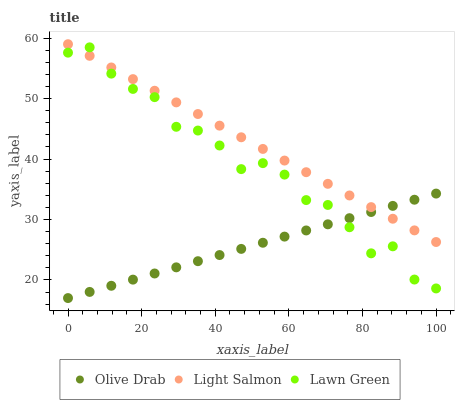
| xaxis_label | Olive Drab | Light Salmon | Lawn Green |
 | --- | --- | --- | --- |
 | 0 | 17 | 59 | 57.6 |
 | 5.88 | 18 | 57.1 | 58.5 |
 | 11.8 | 19 | 55.1 | 54.1 |
 | 17.6 | 20.1 | 53.2 | 51.6 |
 | 23.5 | 21.1 | 51.3 | 50.2 |
 | 29.4 | 22.1 | 49.4 | 45.3 |
 | 35.3 | 23.1 | 47.4 | 44.7 |
 | 41.2 | 24.1 | 45.5 | 42.2 |
 | 47.1 | 25.1 | 43.6 | 38.3 |
 | 52.9 | 26.2 | 41.7 | 39.3 |
 | 58.8 | 27.2 | 39.7 | 37.4 |
 | 64.7 | 28.2 | 37.8 | 33.2 |
 | 70.6 | 29.2 | 35.9 | 32.4 |
 | 76.5 | 30.2 | 34 | 28.7 |
 | 82.4 | 31.2 | 32 | 24.4 |
 | 88.2 | 32.3 | 30.1 | 25.6 |
 | 94.1 | 33.3 | 28.2 | 20.1 |
 | 100 | 34.3 | 26.3 | 18.6 |